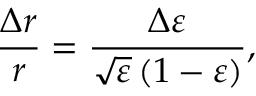
\frac { \Delta r } { r } = \frac { \Delta \varepsilon } { \sqrt { \varepsilon } \left( 1 - \varepsilon \right) } ,